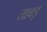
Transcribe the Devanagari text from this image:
ताबड़